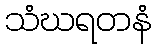
သံဃရတနံ